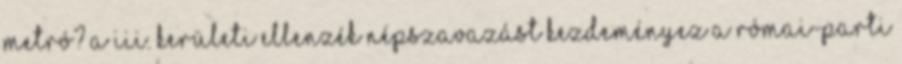
metró? A III. kerületi ellenzék népszavazást kezdeményez a Római-parti